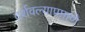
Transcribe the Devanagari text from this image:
दर्शवल्याप्रमाणे